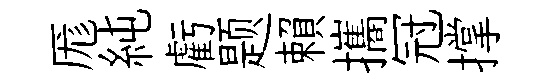
厖純虧题賴攜冠撑